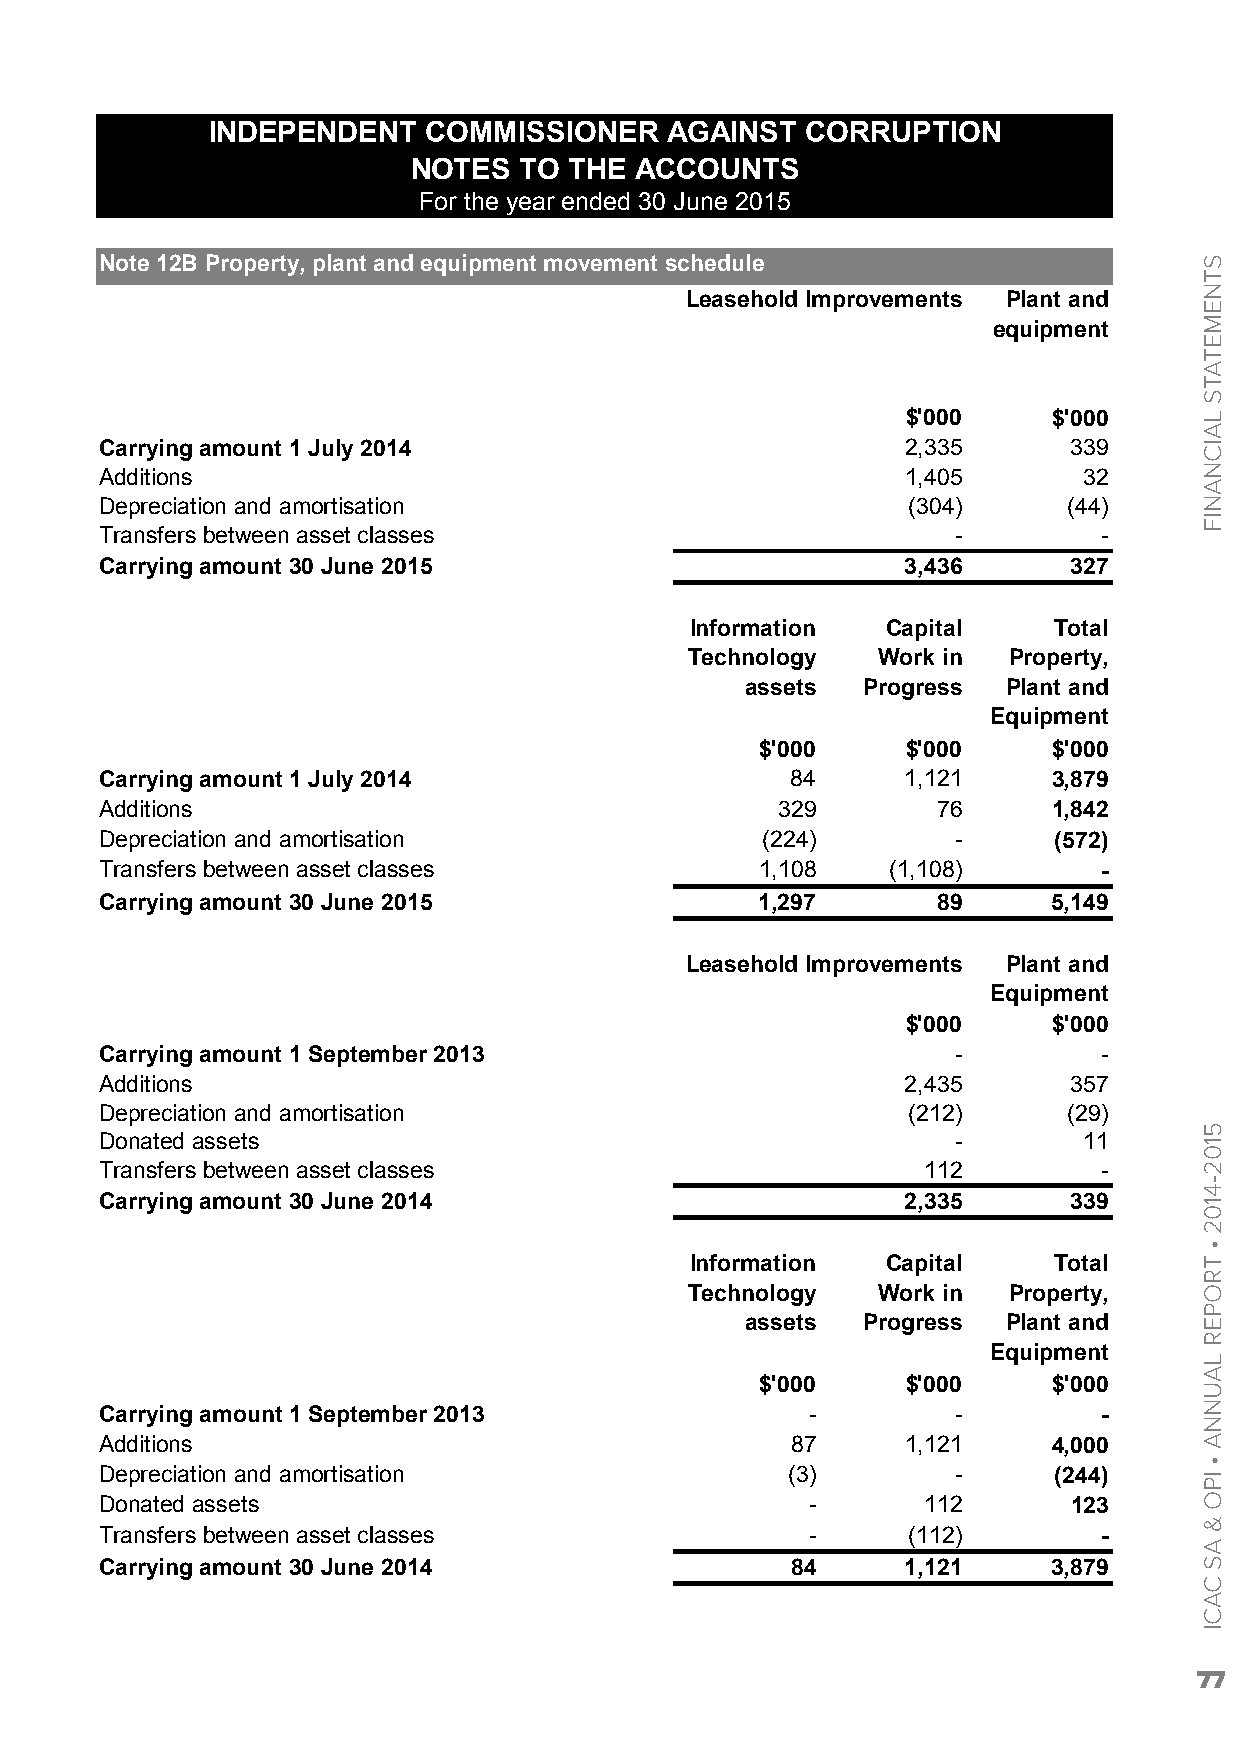
INDEPENDENT   COMMISSIONER    AGAINST  CORRUPTION
 NOTES  TO  THE ACCOUNTS
 For the year ended 30 June 2015
 Note 12B Property, plant and equipment movement schedule
 Leasehold Improvements Plant and
 equipment
 $'000     $'000
 Carrying amount 1 July 2014                          2,335      339
 Additions                                            1,405       32
 Depreciation and amortisation                        (304)      (44)
 Transfers between asset classes                         -         -
 Carrying amount 30 June 2015                         3,436      327
 Information  Capital    Total
 Technology  Work in  Property,
 assets  Progress  Plant and
 Equipment
 $'000     $'000     $'000
 Carrying amount 1 July 2014                  84      1,121     3,879
 Additions                                   329        76      1,842
 Depreciation and amortisation              (224)        -      (572)
 Transfers between asset classes            1,108    (1,108)       -
 Carrying amount 30 June 2015               1,297       89      5,149
 Leasehold Improvements Plant and
 Equipment
 $'000     $'000
 Carrying amount 1 September 2013                        -         -
 Additions                                            2,435      357
 Depreciation and amortisation                        (212)      (29)
 Donated assets                                          -        11
 Transfers between asset classes                       112         -
 Carrying amount 30 June 2014                         2,335      339
 Information  Capital    Total
 Technology  Work in  Property,
 assets  Progress  Plant and
 Equipment
 $'000     $'000     $'000
 Carrying amount 1 September 2013               -        -         -
 Additions                                    87      1,121     4,000
 Depreciation and amortisation                (3)        -      (244)
 Donated assets                                 -      112       123
 Transfers between asset classes                -     (112)        -
 Carrying amount 30 June 2014                 84      1,121     3,879
 77
 STNEMETATS
 LAICNANIF
 5102-4102
 •
 TROPER
 LAUNNA
 •
 IPO
 &
 AS
 CACI